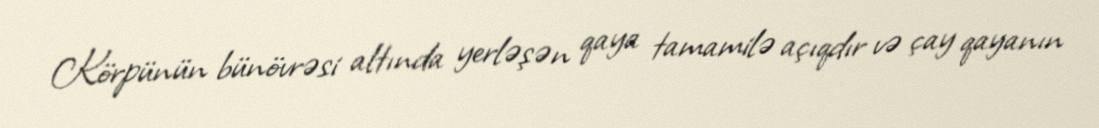
Körpünün bünövrəsi altında yerləşən qaya tamamilə açıqdır və çay qayanın